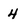
Character: 4